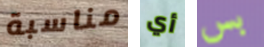
مناسبة أي بس